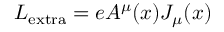
{ \cal { L } } _ { \mathrm { e x t r a } } = e A ^ { \mu } ( x ) J _ { \mu } ( x )